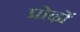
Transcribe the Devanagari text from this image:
प्रोढ़ों